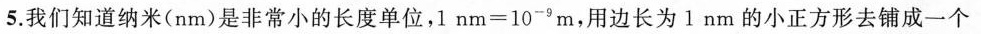
5.我们知道纳米(nm)是非常小的长度单位，$$l1n m = 1 0 ^ { - 9 } m$$，用边长为1 nm的小正方形去铺成一个